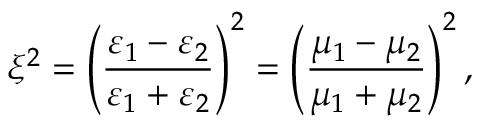
\xi ^ { 2 } = \left( \frac { \varepsilon _ { 1 } - \varepsilon _ { 2 } } { \varepsilon _ { 1 } + \varepsilon _ { 2 } } \right) ^ { 2 } = \left( \frac { \mu _ { 1 } - \mu _ { 2 } } { \mu _ { 1 } + \mu _ { 2 } } \right) ^ { 2 } ,